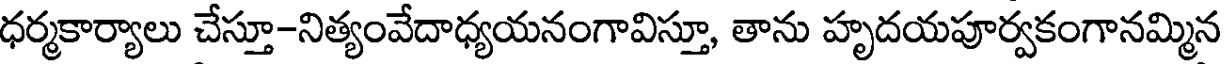
ధర్మకార్యాలు చేస్తూ-నిత్యంవేదాధ్యయనంగావిస్తూ, తాను హృదయపూర్వకంగానమ్మిన